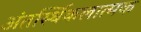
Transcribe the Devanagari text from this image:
अंतर्स्थिकलात्मक